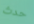
حدث